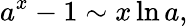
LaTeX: a^{x}-1\sim x\ln a,